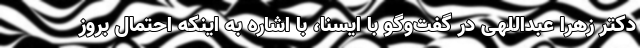
دکتر زهرا عبداللهی در گفت‌وگو با ایسنا، با اشاره به اینکه احتمال بروز